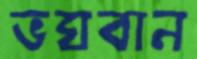
ভঘবান